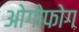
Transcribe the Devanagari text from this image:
ओगोफोग